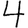
Digit: 4